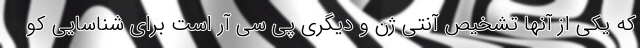
که یکی از آنها تشخیص آنتی ژن و دیگری پی سی آر است برای شناسایی کو